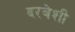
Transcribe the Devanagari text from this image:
दरबेशी